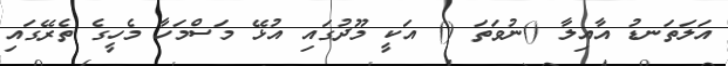
އަލަތަނޑު އާއިލާ ()ނުވަތަ () އަކީ މޫދުގައި އުޅޭ މަސްމަހާ މެހީގެ ތެރޭގައި